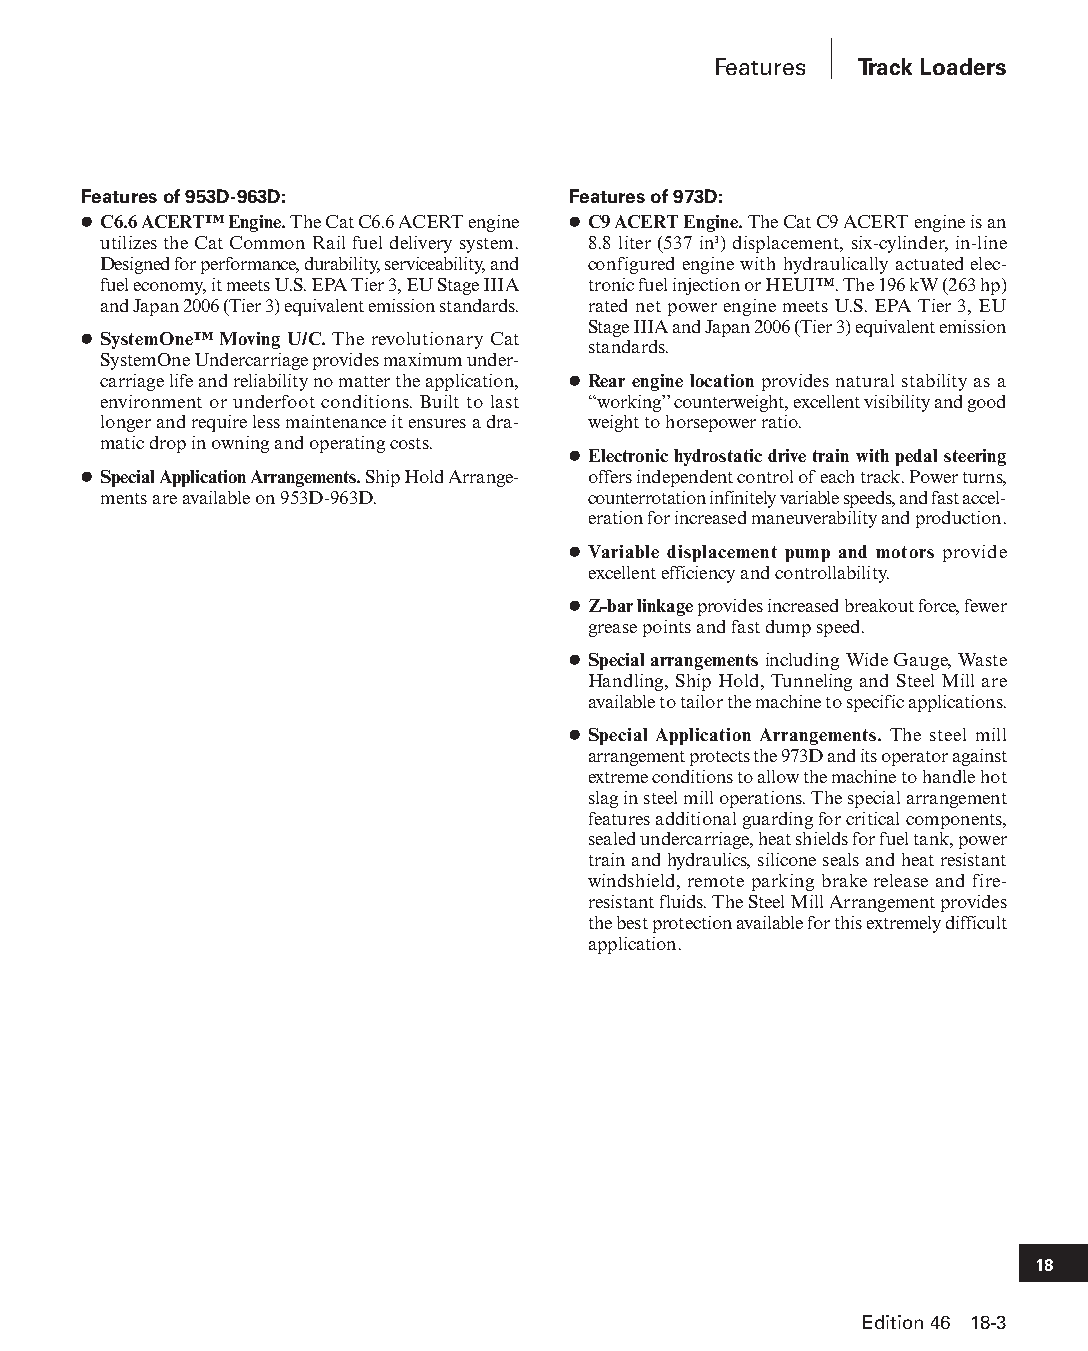
Features Track Loaders
 Features of 953D-963D:          Features of 973D:
 ● C6.6 ACERT™ Engine. The Cat C6.6 ACERT engine ● C9 ACERT Engine. The Cat C9 ACERT engine is an
 utilizes the Cat Common Rail fuel delivery system. 8.8 liter (537 in3) displacement, six-cylinder, in-line
 Designed for performance, durability, serviceability, and configured engine with hydraulically actuated elec-
 fuel economy, it meets U.S. EPA Tier 3, EU Stage IIIA tronic fuel injection or HEUI™. The 196 kW (263 hp)
 and Japan 2006 (Tier 3) equivalent emission standards. rated net power engine meets U.S. EPA Tier 3, EU
 Stage IIIA and Japan 2006 (Tier 3) equivalent emission
 ● SystemOne™ Moving U/C. The revolutionary Cat
 standards.
 SystemOne Undercarriage provides maximum under-
 carriage life and reliability no matter the application, ● Rear engine location provides natural stability as a
 environment or underfoot conditions. Built to last “working’’ counterweight, excellent visibility and good
 longer and require less maintenance it ensures a dra- weight to horsepower ratio.
 matic drop in owning and operating costs.
 ● Electronic hydrostatic drive train with pedal steering
 ● Special Application Arrangements. Ship Hold Arrange- offers independent control of each track. Power turns,
 ments are available on 953D-963D. counterrotation infinitely variable speeds, and fast accel-
 eration for increased maneuverability and production.
 ● Variable displacement pump and motors provide
 excellent efficiency and controllability.
 ● Z-bar linkage provides increased breakout force, fewer
 grease points and fast dump speed.
 ● Special arrangements including Wide Gauge, Waste
 Handling, Ship Hold, Tunneling and Steel Mill are
 available to tailor the machine to specific applications.
 ● Special Application Arrangements. The steel mill
 arrangement protects the 973D and its operat or against
 extreme conditions to allow the machine to handle hot
 slag in steel mill operations. The special arrangement
 features additional guarding for critical components,
 sealed undercarriage, heat shields for fuel tank, power
 train and hydrau lics, silicone seals and heat resistant
 windshield, remote parking brake release and fire-
 resistant fluids. The Steel Mill Arrangement provides
 the best protection available for this extremely difficult
 application.
 18
 Edition 46 18-3
 PPHHBB--SSeecc1188--1166..iinndddd 33                          1122//44//1155 1100::5566 AAMM